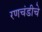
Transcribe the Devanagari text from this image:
रणचंडीचे